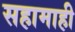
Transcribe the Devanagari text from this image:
सहामाही